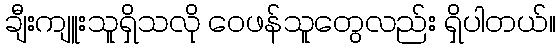
ချီးကျူးသူရှိသလို ဝေဖန်သူတွေလည်း ရှိပါတယ်။